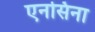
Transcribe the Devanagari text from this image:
एनसिना